Indian Medical Review
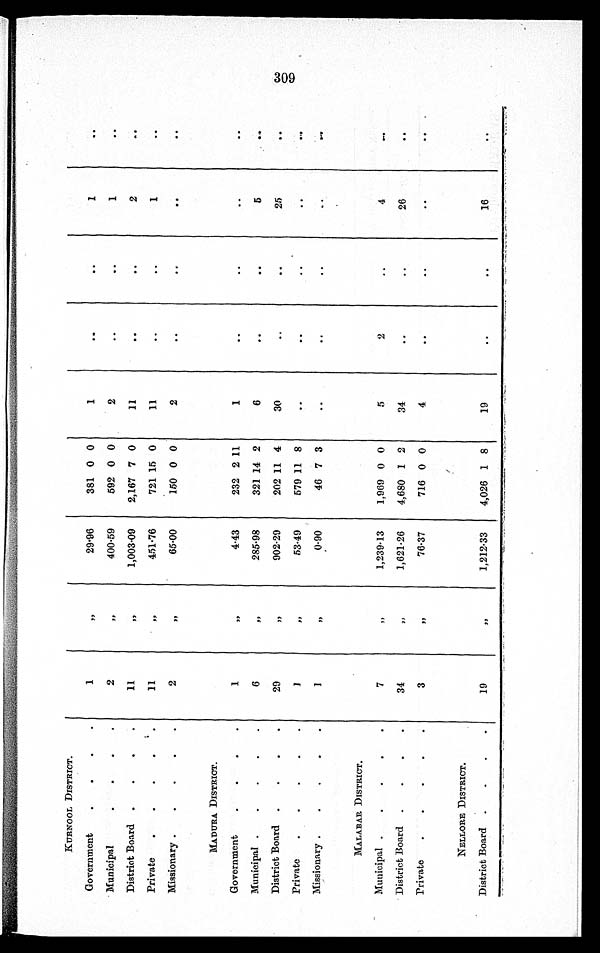
KURNOOL DISTRICT.
Government
1
, ,
29·96
381 0 0
1
..
..
1
. .
Municipal
2
, ,
400·59
592 0 0
2
..
..
1
..
District Board
11
. .
1,003·09
2,167 7 0
11
. .
. .
2
. .
Private
11
, ,
451·76
721 15 0
11
..
..
1
..
Missionary
2
, ,
65·00
150 0 0
2
..
..
. .
..
MADURA DISTRICT.
Government
1
, ,
4·43
232 2 11
1
..
..
..
..
Municipal
6
, ,
285·98
321 14 2
6
..
..
5
. .
District Board
29
, ,
902·29
202 11 4
30
..
..
25
..
Private
1
77
53·49
579 11
8
..
..
..
..
. .
Missionary
I
, ,
0·90
46 7 3
..
..
..
. .
MALABAR DISTRICT.
Municipal
7
,,
1,239·13
1,969 0 0
5
2
..
4
. .
District Board
34
, ,
1,621·26
4,680 1 2
34
..
..
26
..
Private
3
, ,
76·37
716 0 0
4
..
..
..
. .
NELLORE DISTRICT.
District Board
1 9
, ,
1,212·33
4,026 1 8
19
..
..
16
..
309